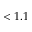
< 1 . 1